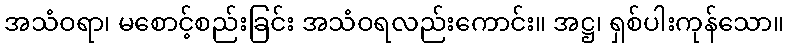
အသံဝရာ၊ မစောင့်စည်းခြင်း အသံဝရလည်းကောင်း။ အဋ္ဌ၊ ရှစ်ပါးကုန်သော။